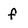
Character: f